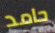
حامد